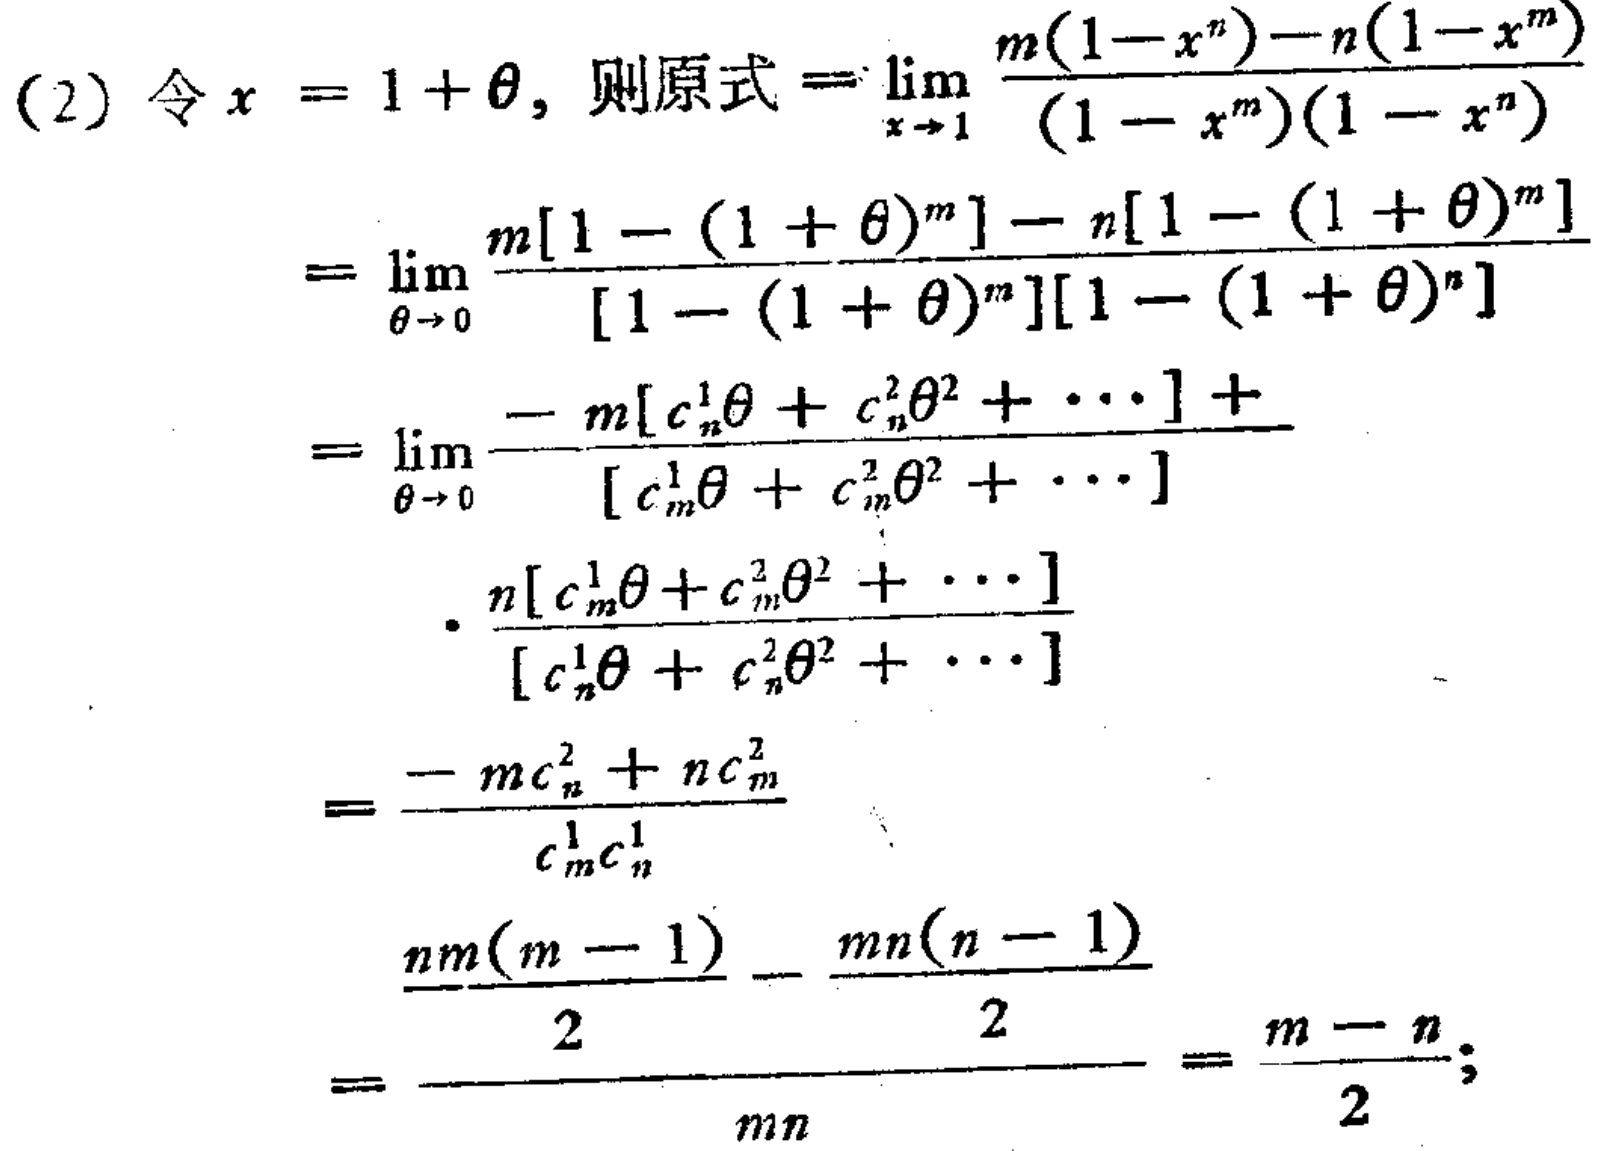
(2) 令\(x = 1+\theta\)，则原式\(=\lim\limits_{x \to 1}\frac{m(1 - x^{n})-n(1 - x^{m})}{(1 - x^{m})(1 - x^{n})}\)
\(=\lim\limits_{\theta \to 0}\frac{m[1-(1 + \theta)^{n}]-n[1-(1 + \theta)^{m}]}{[1-(1 + \theta)^{m}][1-(1 + \theta)^{n}]}\)
\(=\lim\limits_{\theta \to 0}\frac{-m[c_{n}^{1}\theta + c_{n}^{2}\theta^{2}+\cdots]+}{[c_{m}^{1}\theta + c_{m}^{2}\theta^{2}+\cdots]}\)
\(\cdot\frac{n[c_{m}^{1}\theta + c_{m}^{2}\theta^{2}+\cdots]}{[c_{n}^{1}\theta + c_{n}^{2}\theta^{2}+\cdots]}\)
\(=\frac{-mc_{n}^{2}+nc_{m}^{2}}{c_{m}^{1}c_{n}^{1}}\)
\(=\frac{\frac{nm(m - 1)}{2}-\frac{mn(n - 1)}{2}}{mn}=\frac{m - n}{2}\)；